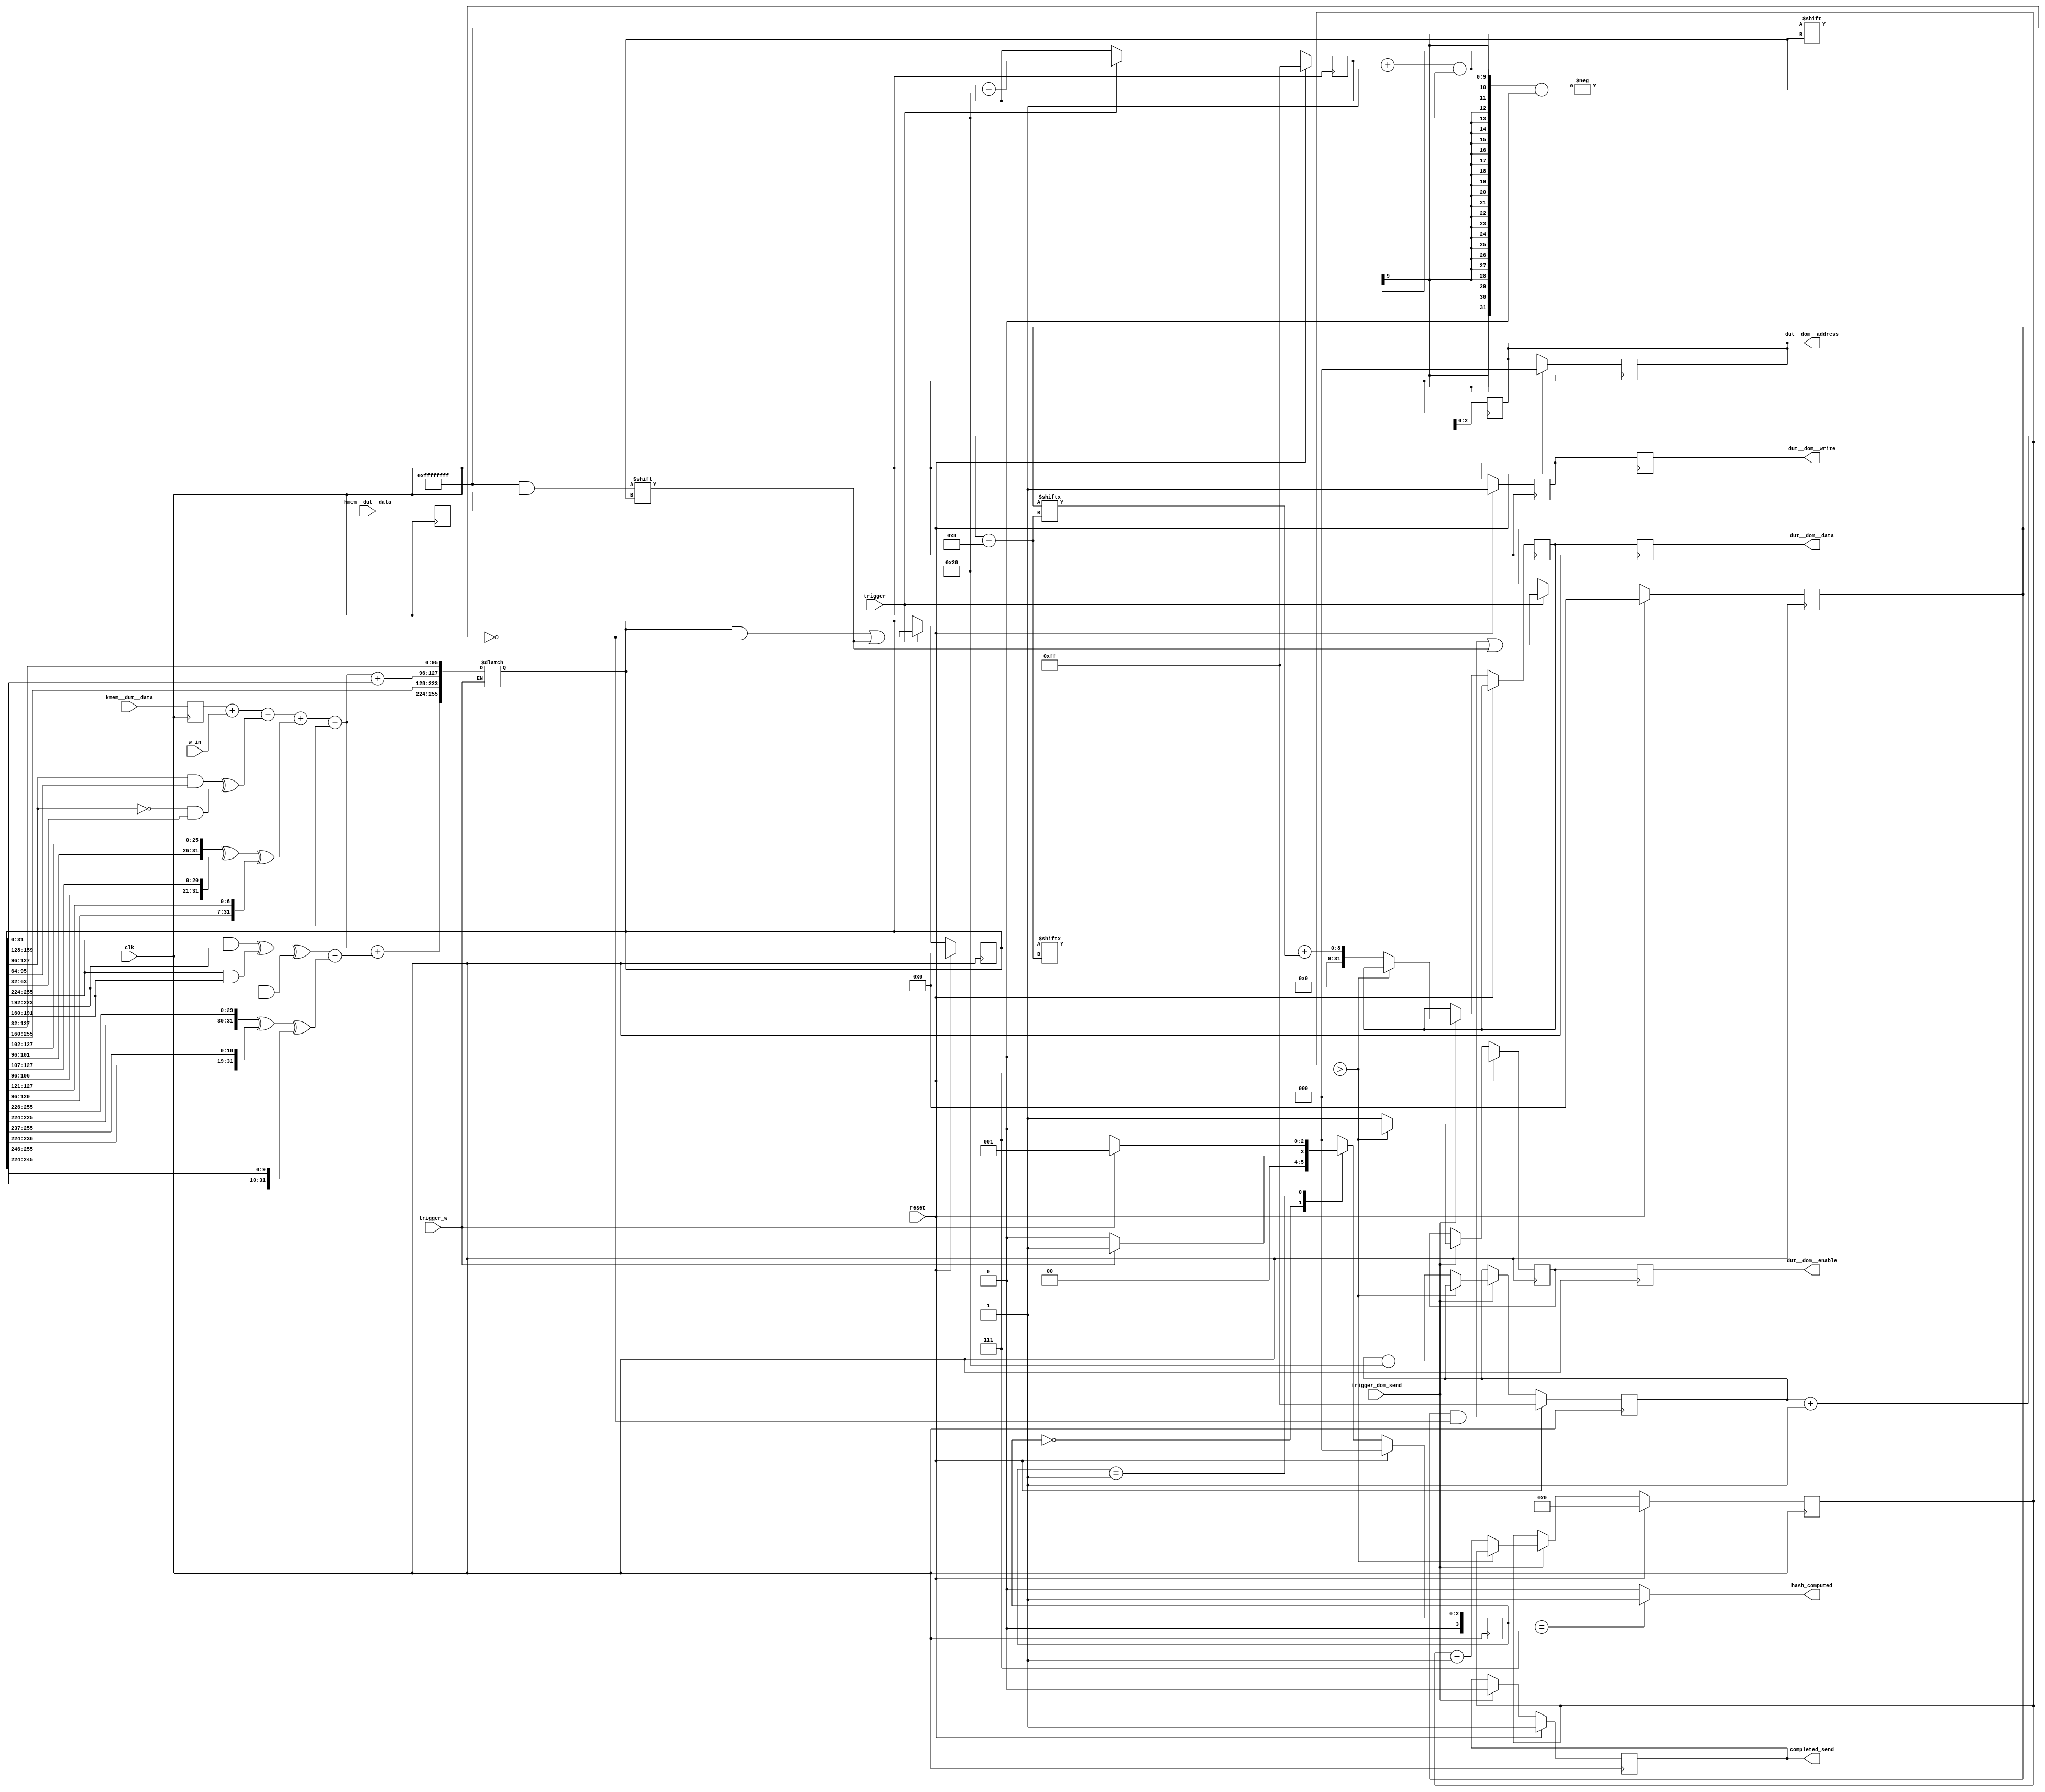
/*********************************************************************************************

    File name   : compute_hash.v
    Author      : Priyank Kashyap
    Affiliation : North Carolina State University, Raleigh, NC
    Date        : Oct 2018
    email       : pkashya2@ncsu.edu

    Description : Module reads in h_mmem, k_mem values and w_vec values and computes the hashed value

*********************************************************************************************/
module compute_hash #(parameter NUMBER_OF_Hs        = 8,
          parameter OUTPUT_LENGTH        = 8)
    (
      input  wire                                     clk               ,
      input  wire                                     reset             ,
      input  wire                                     trigger           ,
      input  wire  [31:0]                             hmem__dut__data   ,
      input  wire  [31:0]                             kmem__dut__data   , 
      input  wire  [31:0]                             w_in              , 
      input  wire                                     trigger_w         ,
      input  wire                                     trigger_dom_send  ,
      output reg  [31:0]                              dut__dom__data    ,  // write data
      output reg  [ $clog2(OUTPUT_LENGTH)-1:0]        dut__dom__address ,
      output reg                                      dut__dom__enable  ,
      output reg                                      dut__dom__write   ,
      output reg                                      hash_computed     , 
      output reg                                      completed_send                                      
      );

    //DOM-Mem
    reg dom__mem__enable, dom__mem__write; 
    reg  [3:0] counter;
    wire [2:0] values_to_write;
    //T
    reg [31:0] temp_a, temp_b, temp_c, temp_d, temp_e, temp_f,temp_g,temp_h;
    reg [31:0] ch, sig_1, add_1, maj, sig_0, add_2;
    //------------------------------------------------------
    //Register wire declarations
    //----------------------------------------------------
    reg [7:0]       beginning_point, data_sending_beginning;
    reg [31:0]      in_h_data, in_k_data_reg;
    reg [(NUMBER_OF_Hs*32)-1:0]   h_block, h_block_keep;
    reg [31:0] block_to_send;

    //---------------------------------------------
    //Reading in h_mem_data
    //--------------------------------------------
    reg calc_hash;

    parameter [3:0] // synopsys enum states
    waiting_for_trigger  = 4'b0000,
    hashing              = 4'b0001,
    calculating_final    = 4'b0011,
    done                 = 4'b0111;

    reg [3:0] /* synopsys enum states */ current_state, next_state;
    // synopsys state_vector current_state

    always@(posedge clk)
        if (reset) current_state <= waiting_for_trigger;
        else current_state <= next_state;
    
    //2 State FSM to control the 
    always@(*)
    begin 
        calc_hash=0; 
        hash_computed = 0;
        case (current_state) // synopsys full_case parallel_case

        waiting_for_trigger:
        begin
            calc_hash=0;
      hash_computed=0;
            if (trigger_w) 
            begin 
                next_state = hashing; 
            end
            else next_state = waiting_for_trigger;
        end
        
        hashing: 
        begin
            calc_hash=0;
            hash_computed=0;
            if(~trigger_w)
                next_state = done; 
            else 
            next_state=hashing;
        end

        done: 
        begin
          calc_hash=0;
          hash_computed=1;
          next_state=waiting_for_trigger;
        end

        default: next_state=waiting_for_trigger;
        endcase
    end



    always@(posedge clk)
    begin
      in_h_data   <= hmem__dut__data;
    end

    always@(posedge clk)
    begin
      if(reset) 
      begin
          beginning_point = 8'd255;
          h_block= {255'b0};
          h_block_keep= {255'b0};
      end
      else
      begin
          if(trigger)
          begin
            h_block      [beginning_point -: 32] = in_h_data;
            h_block_keep [beginning_point -: 32] = in_h_data;
            beginning_point = beginning_point-32;
          end
      end 
    end

    always@(h_block)
    begin
       temp_h=h_block[31 : 0];
       temp_g=h_block[63  :  32];
       temp_f=h_block[95  :  64];
       temp_e=h_block[127 :  96];
       temp_d=h_block[159 : 128];
       temp_c=h_block[191 : 160];
       temp_b=h_block[223 : 192];
       temp_a=h_block[255 : 224];
    end
  
  //------------------------------------------------------
  always@(posedge clk)
    begin
      in_k_data_reg  = kmem__dut__data;
    end

  
  always@(in_k_data_reg) 
    if(trigger_w)
    begin
      ch    = (temp_e & temp_f) ^ ( (~temp_e) & temp_g);
      sig_1 = {temp_e[5:0], temp_e[31:6]} ^ {temp_e[10:0], temp_e[31:11]} ^ {temp_e[24:0], temp_e[31:25]};
      add_1 =   in_k_data_reg+ w_in+ch + sig_1 + temp_h;

      maj   = (temp_a & temp_b) ^ (temp_a & temp_c) ^ (temp_b & temp_c);
      sig_0 = {temp_a[1:0], temp_a[31:2]} ^ {temp_a[12:0], temp_a[31:13]} ^ {temp_a[21:0], temp_a[31:22]};
      add_2 = maj+sig_0;

      h_block[31  :  0] = temp_g;
      h_block[63  : 32] = temp_f;
      h_block[95  : 64] = temp_e;
      h_block[127 : 96] = add_1+temp_d;
      h_block[159 :128] = temp_c;
      h_block[191 :160] = temp_b;
      h_block[223 :192] = temp_a;
      h_block[255 :224] = add_1+add_2;
  end
  //------------------------------------------------------------------------------
  always@(posedge clk)
  begin
    dut__dom__data    <= block_to_send;
    dut__dom__address <= counter;
    dut__dom__enable  <= dom__mem__enable;
    dut__dom__write   <= dom__mem__write;
  end
  
  assign values_to_write=3'd7;

  always@(posedge clk)
  begin
    if(reset) 
    begin
      data_sending_beginning = 8'd255;
      counter = 0;
      dut__dom__address = counter;
      dom__mem__enable  = 0;
      dom__mem__write   = 1;
      completed_send    = 1;
    end
    else
      begin
      if(trigger_dom_send)
        begin
        dom__mem__enable = 1;
        completed_send=0;
        if(counter > values_to_write)
          begin
      dom__mem__enable = 0;
          end
        else 
          begin
            block_to_send = h_block[data_sending_beginning  -:  8] + h_block_keep[data_sending_beginning -:  8]; 
            data_sending_beginning = data_sending_beginning-32;
            counter = counter+1;
            completed_send = 0;            
          end
      end
    end
  end


endmodule